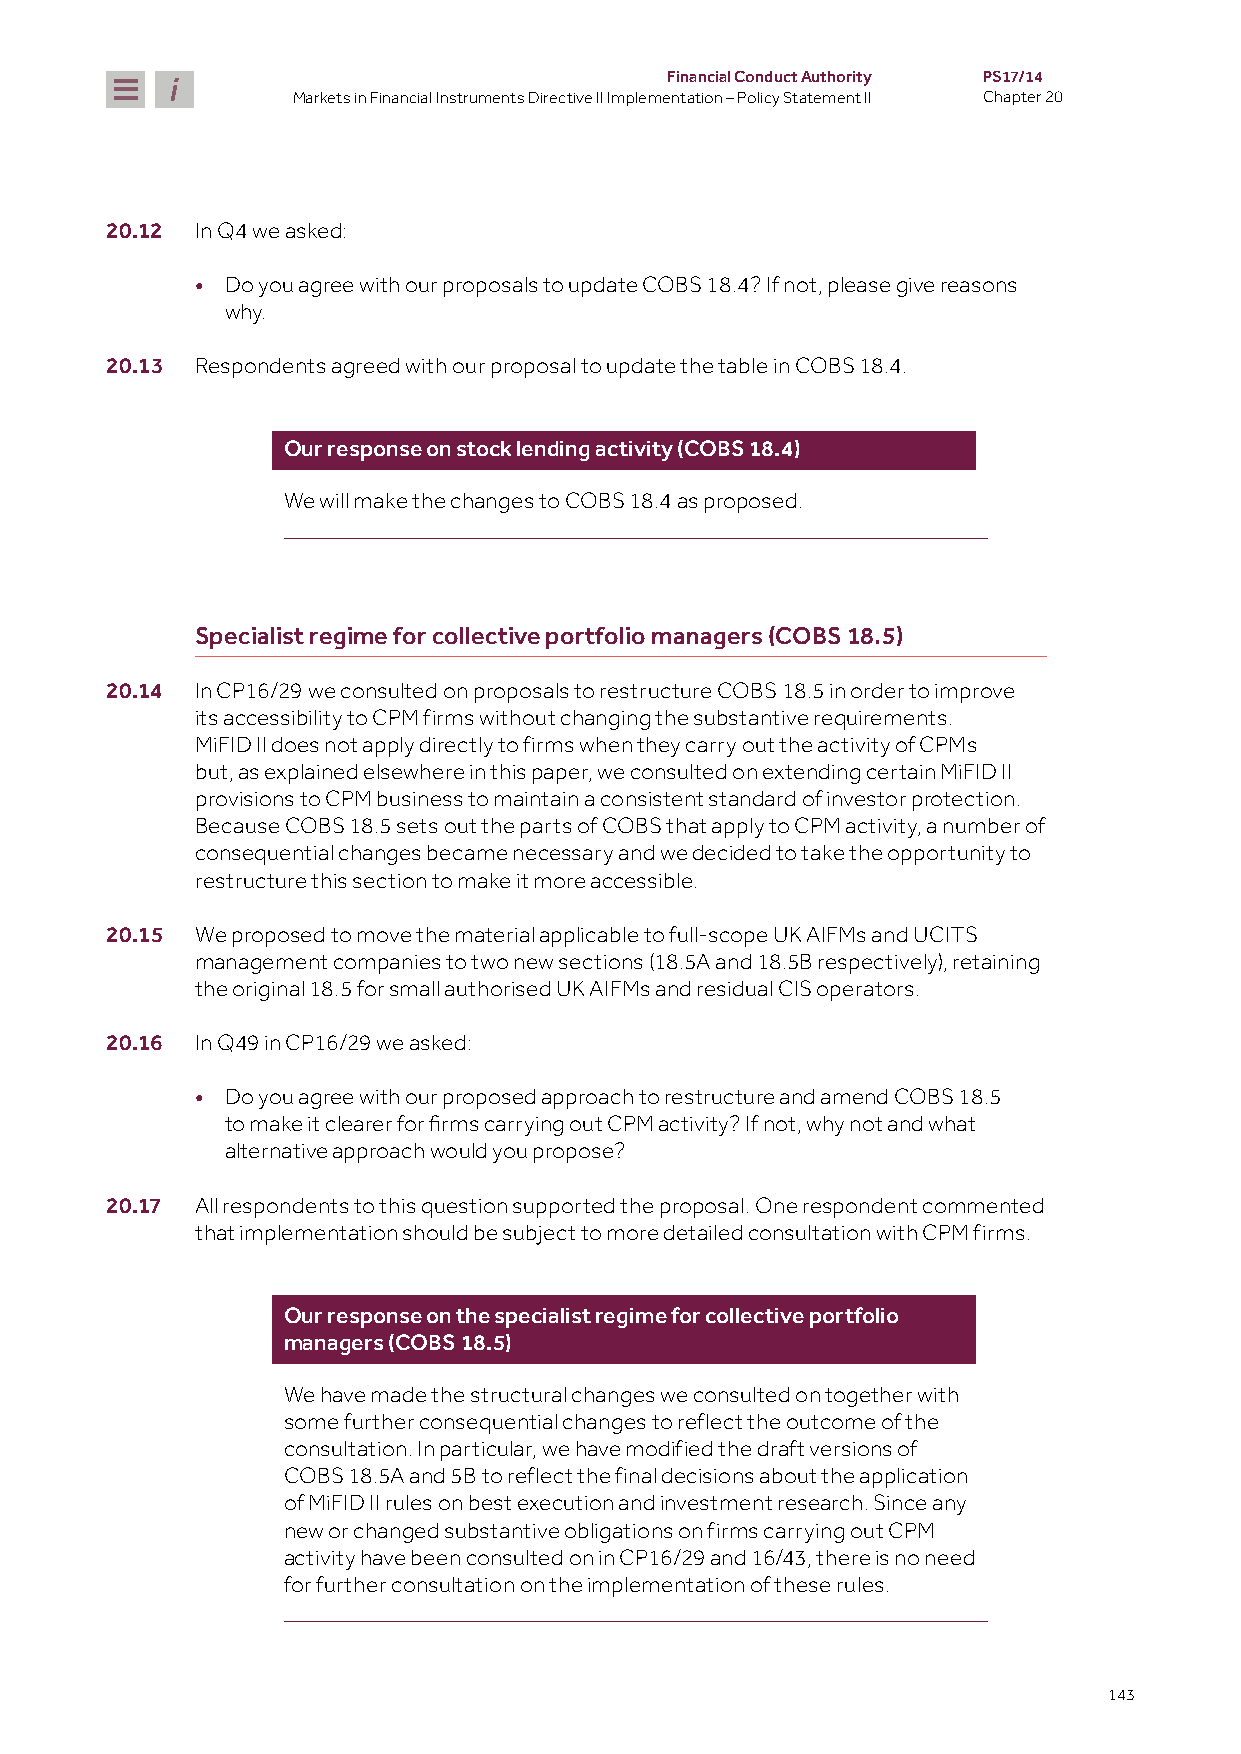
Financial Conduct Authority PS17/14
 Markets in Financial Instruments Directive II Implementation – Policy Statement II Chapter 20
 20.12 In Q4 we asked:
 • Do you agree with our proposals to update COBS 18.4? If not, please give reasons
 why.
 20.13 Respondents agreed with our proposal to update the table in COBS 18.4.
 Our response on stock lending activity (COBS 18.4)
 We will make the changes to COBS 18.4 as proposed.
 Specialist regime for collective portfolio managers (COBS 18.5)
 20.14 In CP16/29 we consulted on proposals to restructure COBS 18.5 in order to improve
 its accessibility to CPM firms without changing the substantive requirements.
 MiFID II does not apply directly to firms when they carry out the activity of CPMs
 but, as explained elsewhere in this paper, we consulted on extending certain MiFID II
 provisions to CPM business to maintain a consistent standard of investor protection.
 Because COBS 18.5 sets out the parts of COBS that apply to CPM activity, a number of
 consequential changes became necessary and we decided to take the opportunity to
 restructure this section to make it more accessible.
 20.15 We proposed to move the material applicable to full-scope UK AIFMs and UCITS
 management companies to two new sections (18.5A and 18.5B respectively), retaining
 the original 18.5 for small authorised UK AIFMs and residual CIS operators.
 20.16 In Q49 in CP16/29 we asked:
 • Do you agree with our proposed approach to restructure and amend COBS 18.5
 to make it clearer for firms carrying out CPM activity? If not, why not and what
 alternative approach would you propose?
 20.17 All respondents to this question supported the proposal. One respondent commented
 that implementation should be subject to more detailed consultation with CPM firms.
 Our response on the specialist regime for collective portfolio
 managers (COBS 18.5)
 We have made the structural changes we consulted on together with
 some further consequential changes to reflect the outcome of the
 consultation. In particular, we have modified the draft versions of
 COBS 18.5A and 5B to reflect the final decisions about the application
 of MiFID II rules on best execution and investment research. Since any
 new or changed substantive obligations on firms carrying out CPM
 activity have been consulted on in CP16/29 and 16/43, there is no need
 for further consultation on the implementation of these rules.
 143